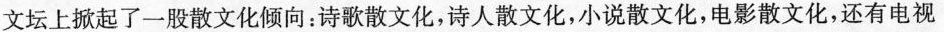
文坛上掀起了一股散文化倾向：诗歌散文化，诗人散文化，小说散文化，电影散文化，还有电视